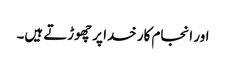
اور انجام کار خدا پر چھوڑتے ہیں۔